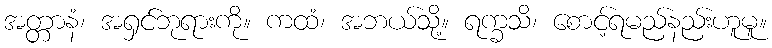
အတ္တာနံ၊ အရှင်ဘုရားကို။ ကထံ၊ အဘယ်သို့။ ရက္ခသိ၊ စောင့်ရမည်နည်းဟူမူ။